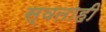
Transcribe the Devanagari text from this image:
स्वताही